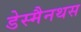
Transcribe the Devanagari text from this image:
डेस्मैनथस